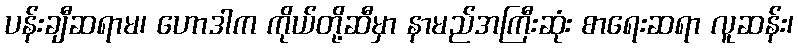
ပန်းချီဆရာမ၊ ဟောဒါက ကိုယ်တို့ဆီမှာ နာမည်အကြီးဆုံး စာရေးဆရာ လူဆန်း၊